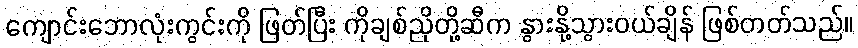
ကျောင်းဘောလုံးကွင်းကို ဖြတ်ပြီး ကိုချစ်ညိုတို့ဆီက နွားနို့သွားဝယ်ချိန် ဖြစ်တတ်သည်။